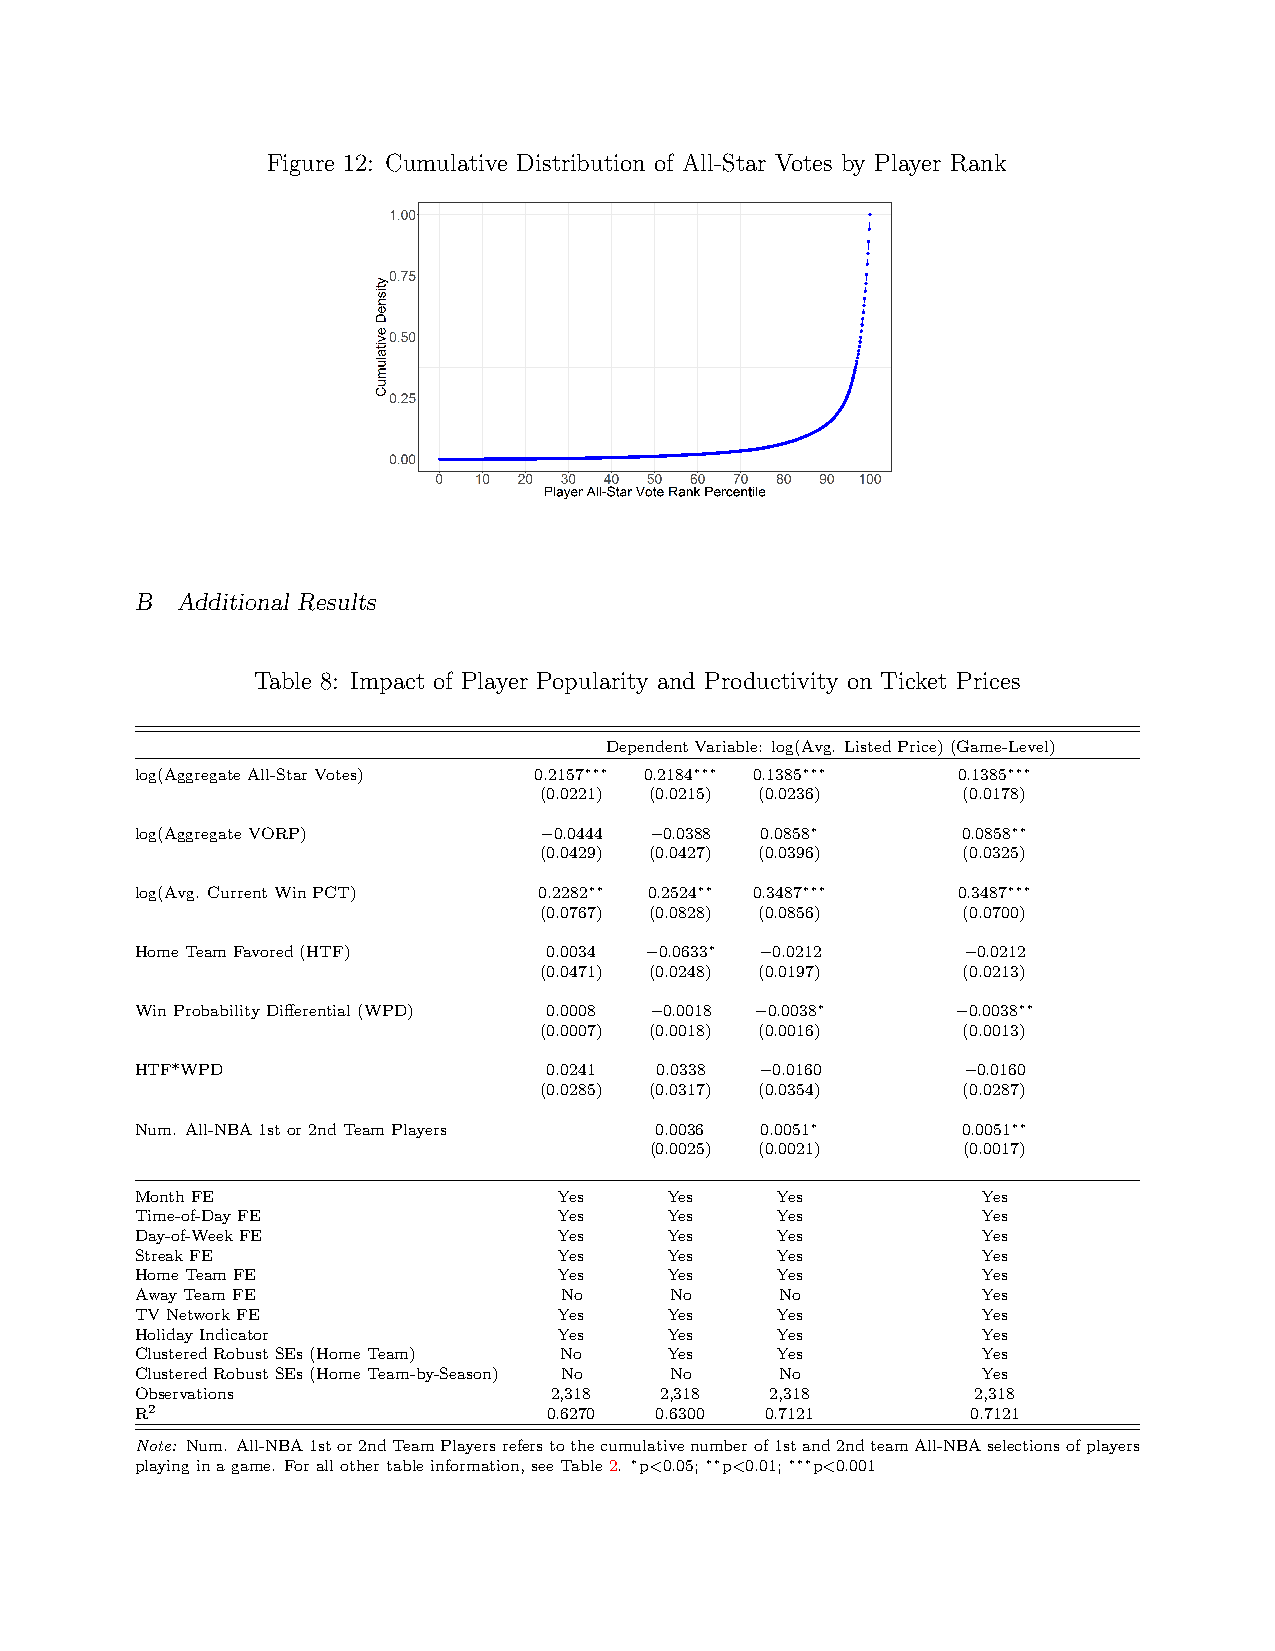
Figure 12: Cumulative Distribution of All-Star Votes by Player Rank
 B  Additional Results
 Table 8: Impact of Player Popularity and Productivity on Ticket Prices
 DependentVariable: log(Avg. ListedPrice)(Game-Level)
 log(AggregateAll-StarVotes) 0.2157∗∗∗ 0.2184∗∗∗ 0.1385∗∗∗ 0.1385∗∗∗
 (0.0221) (0.0215) (0.0236)  (0.0178)
 log(AggregateVORP)         −0.0444 −0.0388 0.0858∗     0.0858∗∗
 (0.0429) (0.0427) (0.0396)  (0.0325)
 log(Avg. CurrentWinPCT)    0.2282∗∗ 0.2524∗∗ 0.3487∗∗∗ 0.3487∗∗∗
 (0.0767) (0.0828) (0.0856)  (0.0700)
 HomeTeamFavored(HTF)       0.0034 −0.0633∗ −0.0212     −0.0212
 (0.0471) (0.0248) (0.0197)  (0.0213)
 WinProbabilityDifferential(WPD) 0.0008 −0.0018 −0.0038∗ −0.0038∗∗
 (0.0007) (0.0018) (0.0016)  (0.0013)
 HTF*WPD                    0.0241 0.0338 −0.0160       −0.0160
 (0.0285) (0.0317) (0.0354)  (0.0287)
 Num. All-NBA1stor2ndTeamPlayers   0.0036 0.0051∗       0.0051∗∗
 (0.0025) (0.0021)    (0.0017)
 MonthFE                     Yes    Yes    Yes           Yes
 Time-of-DayFE               Yes    Yes    Yes           Yes
 Day-of-WeekFE               Yes    Yes    Yes           Yes
 StreakFE                    Yes    Yes    Yes           Yes
 HomeTeamFE                  Yes    Yes    Yes           Yes
 AwayTeamFE                  No     No      No           Yes
 TVNetworkFE                 Yes    Yes    Yes           Yes
 HolidayIndicator            Yes    Yes    Yes           Yes
 ClusteredRobustSEs(HomeTeam) No    Yes    Yes           Yes
 ClusteredRobustSEs(HomeTeam-by-Season) No No No         Yes
 Observations                2,318  2,318  2,318         2,318
 R2                         0.6270 0.6300  0.7121       0.7121
 Note: Num. All-NBA1stor2ndTeamPlayersreferstothecumulativenumberof1stand2ndteamAll-NBAselectionsofplayers
 playinginagame. Forallothertableinformation,seeTable2. ∗p<0.05;∗∗p<0.01;∗∗∗p<0.001